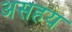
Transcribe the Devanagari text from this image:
असहय